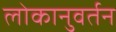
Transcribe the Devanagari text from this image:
लोकानुवर्तन